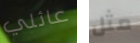
عائلي مثل